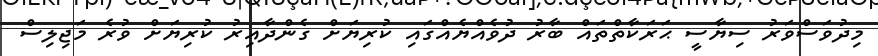
މިދުވަސްވަރު ސިޔާސީ ޙަރަކާތްތައް ބާރު ދުވެއްޔެއްގައި ކުރިޔަށް ގެންދާއިރު ކުރިޔަށް ވުރެ މަޖިލިސް